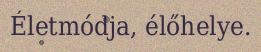
Életmódja, élőhelye.